Annual report of the Madras Medical College
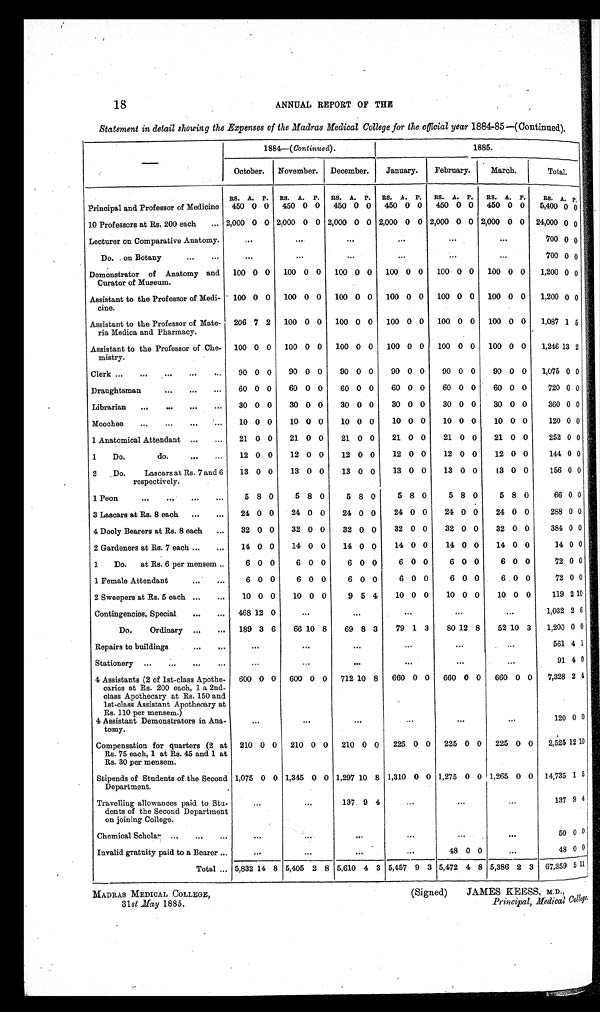
(Signed)
JAMES KEESS, M.D.,
Principal, Medical College.
MADRAS MEDICAL COLLEGE,
31 st May 1885.
18
ANNUAL REPORT OF THE
Statement in detail showing the Expenses of the Madras Medical College for the offlcial year 1884–85—(Continued).
—
1884—( Continued ) .
1885.
October.
November. December.
January.
February
March.
Total.
RS. A. P.
RS. A. P.
RS. A. P. RS. A. P.
RS. A. P.
RS. A. P.
RS. A.
P.
Principal and Professor of Medicine
450 0 0
450 0 0
450 0 0
450 0 0
450 0 0
450 0 0
5,400 0 0
10 Professors at Rs. 200 each
... 2,000 0 0 2,000 0 0 2,000 0 0 2,000 0 0 2,000 0 0 2,000 0 0 24,000 0 0
Lecturer on Comparative Anatomy.
...
. . .
. . .
. . .
...
...
700 0 0
Do. on Botany
. . .
...
...
. . .
. . .
. . .
. . .
...
700 0 0
Demonstrator of Anatomy and
Curator of Museum.
100 0 0
100 0 0
100 0 0
100 0 0
100 0 0
100 0 0
1,200 0 0
Assistant to the Professor of Medi-
cine.
100 0 0
100 0 0
100 0 0
100 0 0
100 0 0
100 0 0
1,200 0 0
Assistant to the Professor of Mate-
ria Medica and Pharmacy.
206 7 2
100 0 0
100 0 0
100 0 0
100 0 0
100 0 0
1,087 1 5
Assistant to the Professor of Che-
mistry.
100 0 0
100 0 0
100 0 0
100 0 0
100 0 0
100 0 0
1,246 13 2
Clerk ...
...
...
...
...
90 0 0
90 0 0
90 0 0
90 0 0
90 0 0
90 0 0
1,075 0 0
Draughtsman
...
...
...
60 0 0
60 0 0
60 0 0
60 0 0
60 0 0
60 0 0
720 0 0
Librarian
...
...
...
...
30 0 0
30 0 0
30 0 0
30 0 0
30 0 0
30 0 0
360 0 0
Moochee
...
...
...
...
10 0 0
10 0 0
10 0 0
10 0 0
10 0 0
10 0 0
120 0 0
1 Anatomical Attendant ...
...
21 0 0
21 0 0
21 0 0
21 0 0
21 0 0
21 0 0
252 0 0
1
Do.
do.
...
. . .
12 0 0
12 0 0
12 0 0
12 0 0
12 0 0
12 0 0
144 0 0
2
Do.
Lascars at Rs. 7 and 6
respectively.
13 0 0
13 0 0
13 0 0
13 0 0
13 0 0
13 0 0
156 0 0
1 Peon
. . .
. . .
...
...
5 8 0
5 8 0
5 8 0
5 8 0
5 8 0
5 8 0
66 0 0
3 Lascars at Rs. 8 each
...
...
24 0 0
24 0 0
24 0 0
24 0 0
24 0 0
24 0 0
288 0 0
4 Dooly Bearers at Rs. 8 each
...
32 0 0
32 0 0
32 0 0
32 0 0
32 0 0
32 0 0
384 0 0
2 Gardeners at Rs. 7 each ...
...
14 0 0
14 0 0
14 0 0
14 0 0
14 0 0
14 0 0
14 0 0
1
Do.
at Rs. 6 per mensem ..
6 0 0
6 0 0
6 0 0
6 0 0
6 0 0
6 0 0
72 0 0
1 Female Attendant
...
...
6 0 0
6 0 0
6 0 0
6 0 0
6 0 0
6 0 0
72 0 0
2 Sweepers at Rs. 5 each ...
...
10 0 0
10 0 0
9 5 4
10 0 0
10 0 0
10 0 0
119 2 10
Contingencies, Special
...
. . . 468 12 0
...
...
...
...
...
1,032 2 6
Do.
Ordinary ...
...
189 3 6
66 10 8
69 8 3
79 1 3
80 12 8
52 10 3
1,200 0 0
Repairs to buildings
...
...
...
...
...
...
...
...
561 4 1
Stationery
...
...
. . .
...
. . .
...
. . .
. . .
...
...
91 4 0
4 Assistants (2 of 1st-class Apothe-
caries at Rs. 200 each, 1 a 2nd-
class Apothecary at Rs. 150 and
1st-class Assistant Apothecary at
Rs. 110 per mensem.)
600 0 0
600 0 0
712 10 8
660 0 0
660 0 0
660 0 0
7,328 2 4
120 0 0
4 Assistant Demonstrators in Ana-
tomy.
...
...
...
...
...
...
Compensation for quarters (2 at
Rs. 75 each, 1 at Rs. 45 and 1 at
Rs. 30 per mensem.
210 0 0
210 0 0
210 0 0
225 0 0
225 0 0
225 0 0
2,525 12 10
Stipends of Students of the Second
Department.
1,075 0 0 1,345 0 0 1,297 10 8 1,310 0 0 1,275 0 0 1,265 0 0 14,735 1 5
Travelling allowances paid to Stu-
dents of the Second Department
on joining College.
...
...
137 9 4
...
...
...
137 9 4
Chemical Scholar ...
...
...
...
. . .
. . .
...
...
...
50 0 0
Invalid gratuity paid to a Bearer ...
. . .
...
...
...
48 0 0
...
48 0 0
Total ... 5,832 14 8 5,405 2 8 5,610 4 3 5,457 9 3 5,472 4 8 5,386 2 3 67,359 5 11